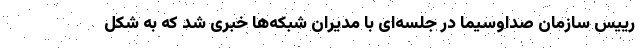
رییس سازمان صداوسیما در جلسه‌ای با مدیران شبکه‌ها خبری شد که به شکل